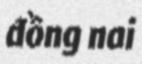
đồng nai